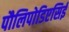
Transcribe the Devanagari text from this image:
पौलिपोडिएसिई